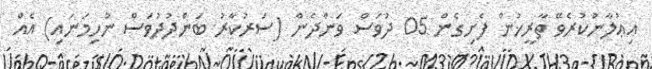
އިޢުލާނުކުރެވޭ ތާރީޚުން ފެށިގެން 05 ދުވަސް ވަންދެން (ސަރުކާރު ބަންދުދުވަސް ނުހިމަނައި) އެއް